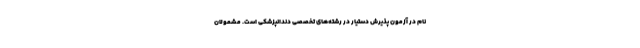
نام در آزمون پذیرش دستیار در رشته‌های تخصصی دندانپزشکی است. مشمولان